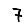
Digit: 7